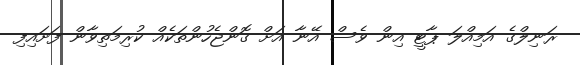
ރަނިލްގެ އަމިއްލަ ޕާޓީ އިން ވެސް އޭނާ އަށް ގޮންޖެހުންތަކެއް ކުރިމަތިވާން ފަށައިފި